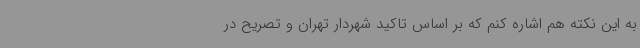
به این نکته هم اشاره کنم که بر اساس تاکید شهردار تهران و تصریح در